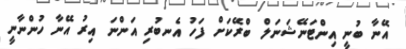
އޭނާ ބުނީ އިންޓަނޭޝަނަލް ބްރޭކަށް ފަހު އެނބުރި އަންނަ އިރު އޭނާ ހުންނާނީ